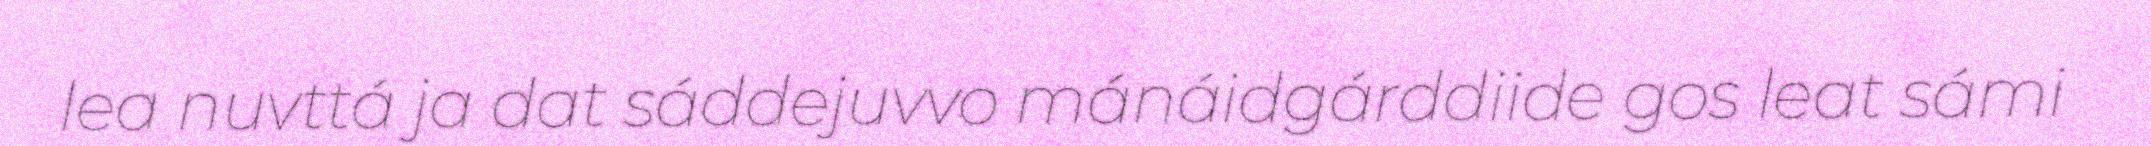
lea nuvttá ja dat sáddejuvvo mánáidgárddiide gos leat sámi